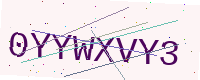
Text: 0YYWXVY3